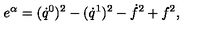
e ^ { \alpha } = ( \dot { q } ^ { 0 } ) ^ { 2 } - ( \dot { q } ^ { 1 } ) ^ { 2 } - \dot { f } ^ { 2 } + f ^ { 2 } ,